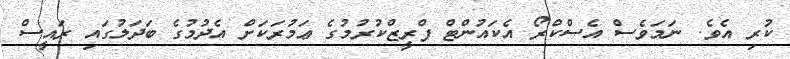
ކުރި އެވެ. ނަމަވެސް އެސްކްރޯ އެކައުންޓް ފްރީޒްކުރުމުގެ ޢަމުރަކަށް އެދުމުގެ ބަދަލުގައި ރައީސް